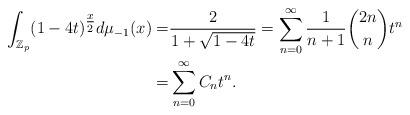
LaTeX: \begin{align*}\int_{\mathbb{Z}_p} (1-4t)^{\tfrac{x}{2}} d\mu_{-1} (x) =& \frac{2}{1+\sqrt{1-4t}} = \sum_{n=0}^\infty \frac{1}{n+1} {2n \choose n} t^n \\=& \sum_{n=0}^\infty C_n t^n.\end{align*}